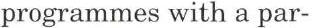
programmes with a par-